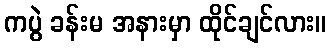
ကပွဲ ခန်းမ အနားမှာ ထိုင်ချင်လား။